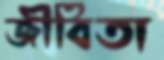
জীবিতা